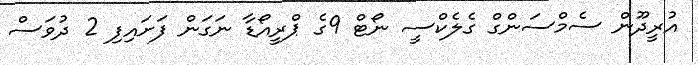
އުރީދޫން ސެމްސަންގް ގެލެކްސީ ނޯޓް 9ގެ ޕްރީއޯޑާ ނަގަން ފަށައިފި 2 ދުވަސް